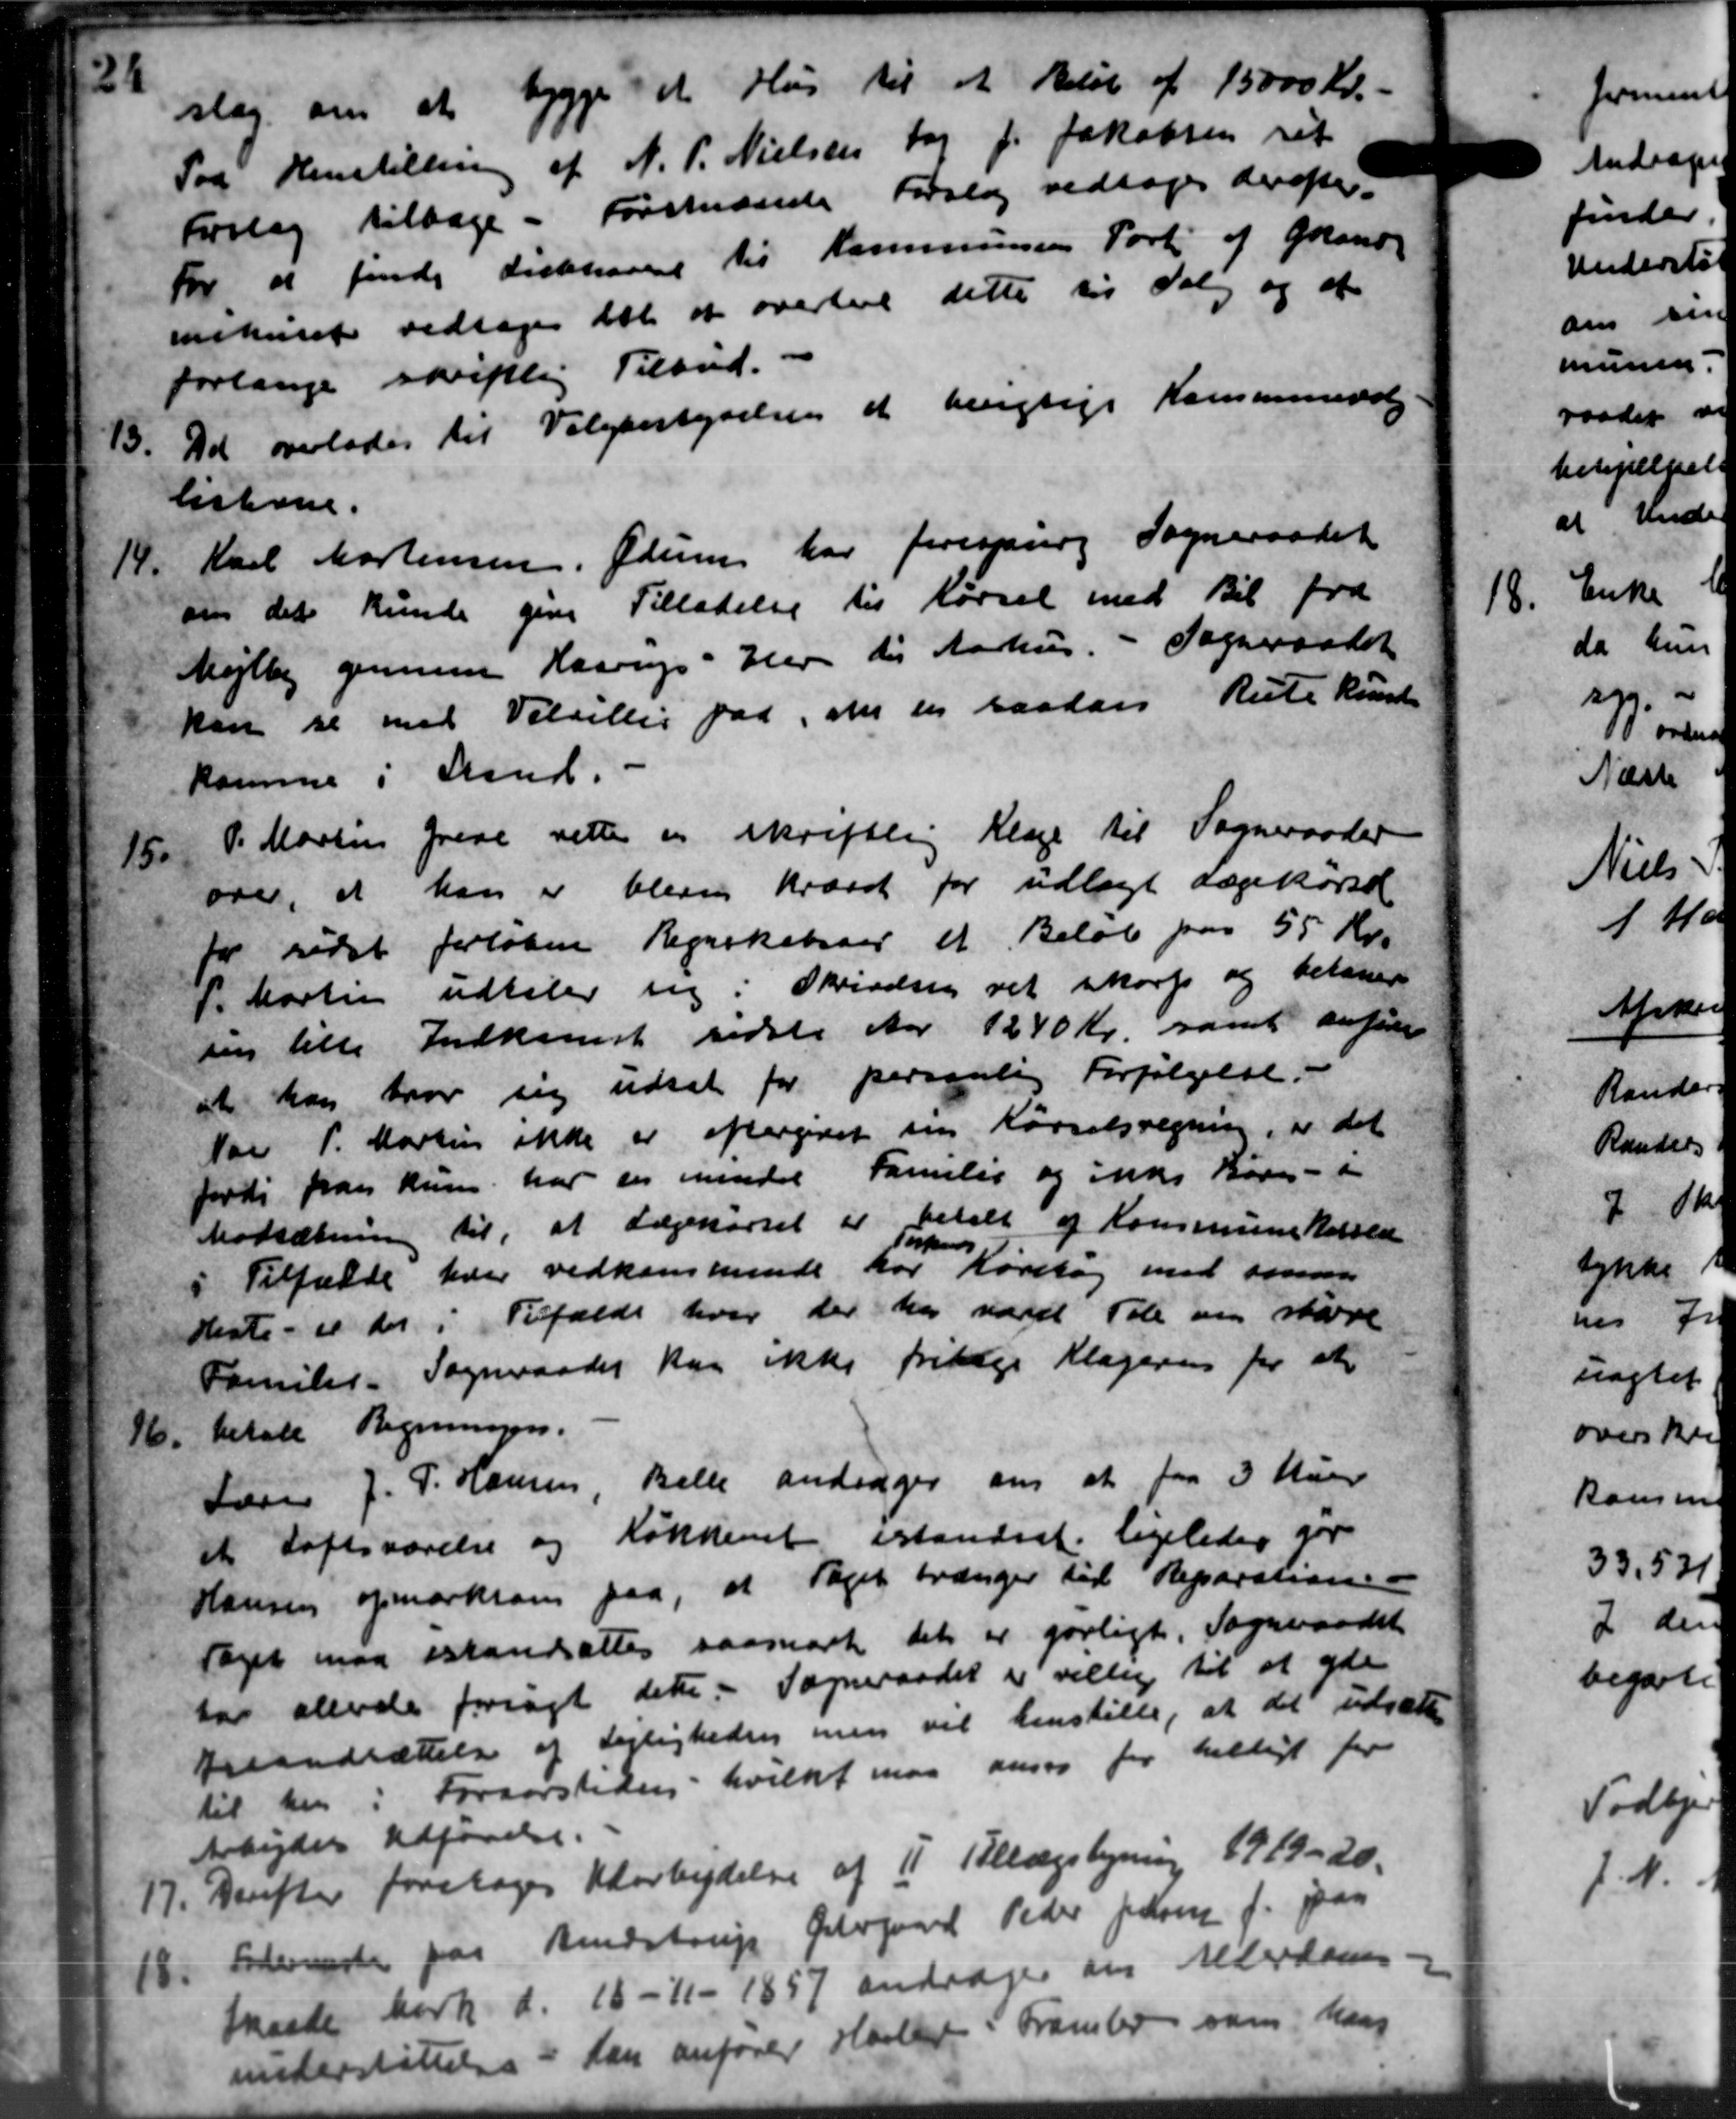
Transskription:
slag om at bygge et Hus til et Beløb af 15000 Kr.
Paa Henstilling af N. P. Nielsen tog J. Jakobsen ret
Forslag tilbage - Forstænde Forslag vedtoges derefter
For at finde Fiskehavet til Kommunens Port af Grand
mnehuset vedtoges det at overlade dette til Valg og at
forlange skriftlig Tilbud.
13.
Det overlades til Valgbestyrelsen at berigtige Kommunevalg
listerne.
14.
Karl Mortensen, Ødum har forespurg Sogneraadet
om det kunde give Tilladelse til Kørsel med Bil fra
Mejlby gennem Haarup - Her til Aarhus. - Sogneraadet
kan se med Velvillis paa, om en saadan Rute kunde
komme i Stand.
15.
P. Martin Greve rette en skriftlig Klage til Sogneraadet
over, at han er bleve krævet for udlagt Lægekørsel
for sidst forløbne Regnskabsaar et Beløb paa 55 Kr.
P. Martin udtaler sig i Skrivelsen vel skorp og belaner
sin tille Indkomst sidste Aar 1240 Kr. samt anføre
at han hvor sig udsat for personlig Forfølgelse.
Nar P. Martin ikke er eftergivet sin Kørselsregning, er det
firsti fra kun har der mindre Familie og ikke Børn - i
Nedsætning til, at Lægekørsel er betalt af Kommunekassed
Tilfælde hver vedkommende har Køretøj med samm

Tilfælde hver vedkommende har Køretøj med samm
"
Heste - er der i Tilfælde hver der har været Tale om støre
Familie. Sogneraadet kan ikke fritage Klageren for at
16, betale Regningen.
16, betale Regningen.
Lærer J. P. Hansen Belle andrager om at faa 3 Man
et Loftsværelse og Køkkenet istandret ligeledes for
Hansen opmærksom paa, at Taget trænger til Reparatione
Taget maa istandsættes saamark det er gørligt. Sogneraadet
for allende forsøgt dette. Sogneraadet er villig til at yde
Brandsættelse af Lejligheden men vil henstille, at det udsætte
til her i Forsørstiden hvilket maa ansaa for helligt for
Arbejder Udførelse.
17.
Derefter foretoges Udarbejdelse af 11 Tillægsligning 1919-20.
18.
Fodermeste paa Bendstrup Gelegaard Peder Jensen f. paa
maske Mark d. 16-11- 1857 andrager om Alderdoms-
understøttelse i kan anfører Haslev i Framlev som hans